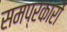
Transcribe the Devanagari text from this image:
समप्रकारों